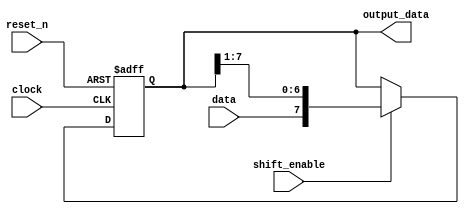
module ShiftRegister (
  input wire clock,
  input wire reset_n,
  input wire data,
  input wire shift_enable,
  output wire [7:0] output_data
);

  reg [7:0] shift_register;

  always @(posedge clock or negedge reset_n) begin
    if (!reset_n)
      shift_register <= 8'b0;
    else if (shift_enable)
      shift_register <= {data, shift_register[7:1]};
  end

  assign output_data = shift_register;

endmodule